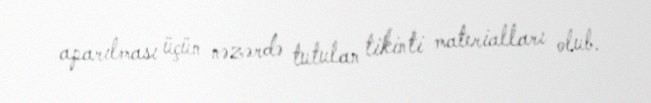
aparılması üçün nəzərdə tutulan tikinti materialları olub.